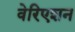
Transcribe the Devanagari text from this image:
वेरिएशन